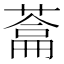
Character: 𮐯